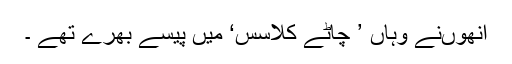
انھوںنے وہاں ’ چاٹے کلاسس‘ میں پیسے بھرے تھے ۔